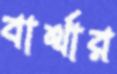
বার্থার